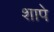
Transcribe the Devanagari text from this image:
शापे